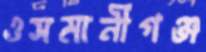
ওসমানীগঞ্জ